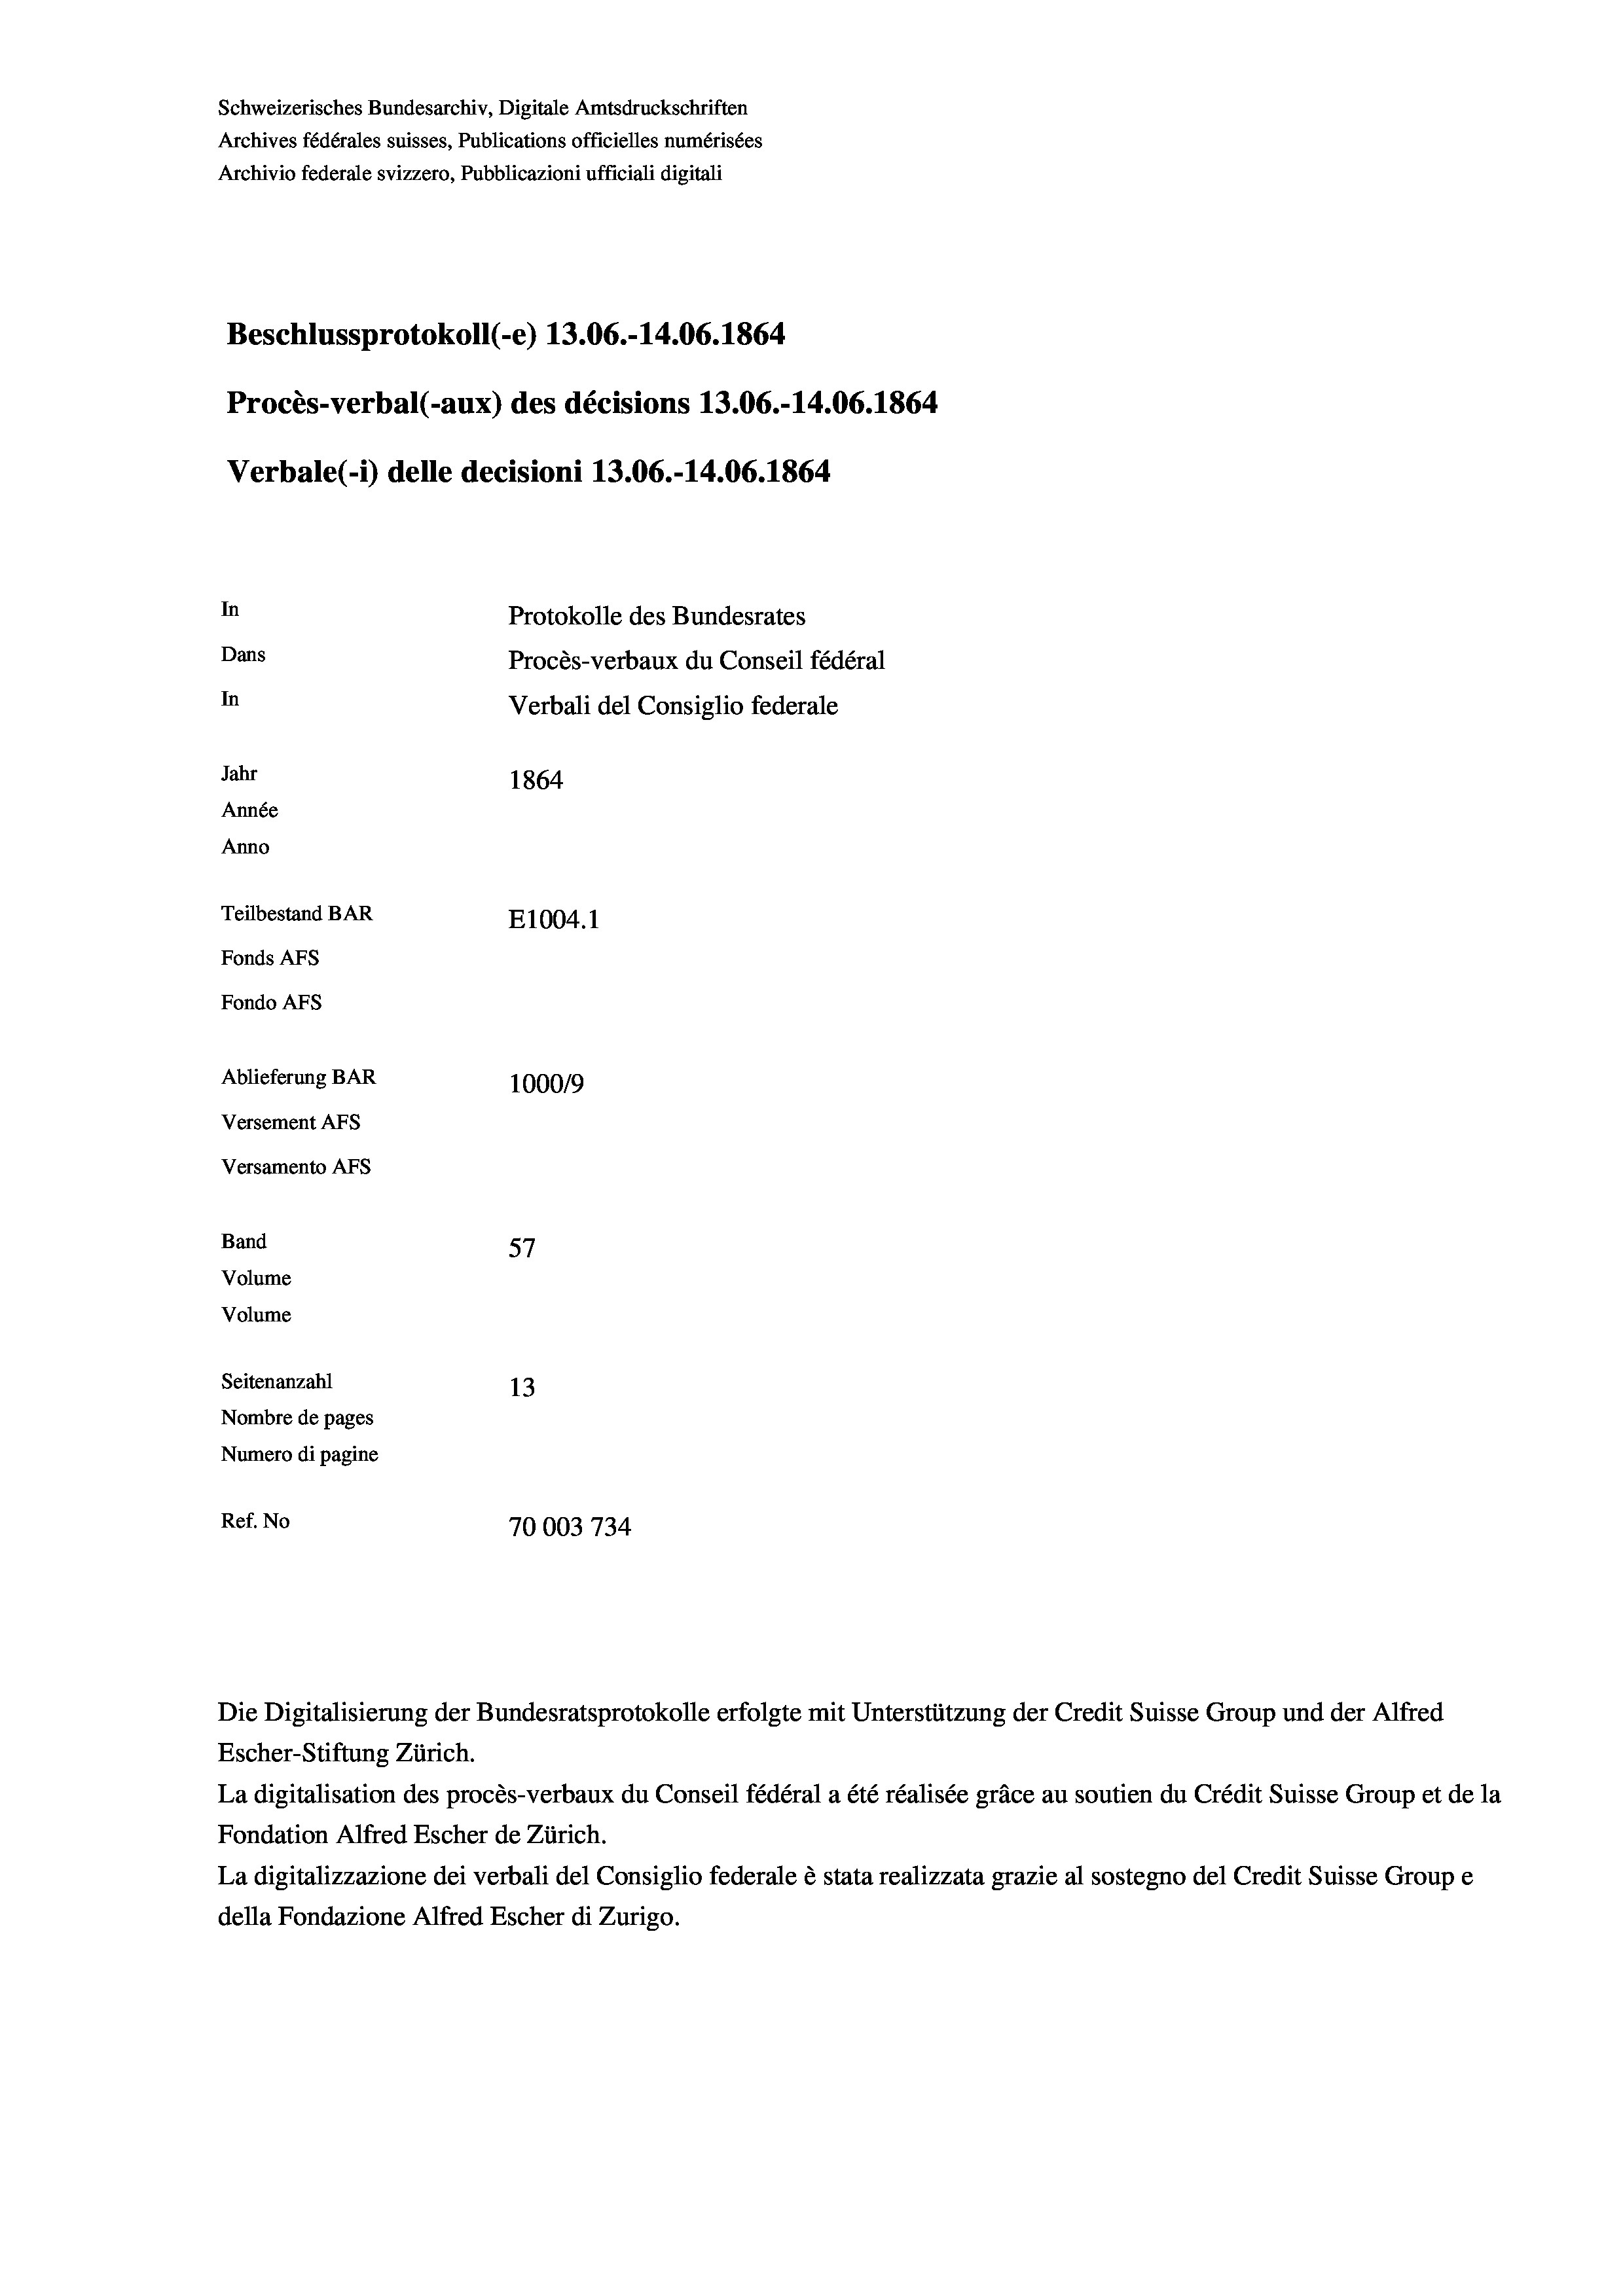
Schweizerisches Bundesarchiv, Digitale Amtsdruckschriften
Archives fédérales suisses, Publications officielles numérisées
Archivio federale svizzero, Pubblicazioni ufficiali digitali
Beschlussprotokoll (-e) 13.06.-14.06. 1864
Procès-verbal (-aux) des décisions 13.06.-14.06. 1864
Verbale (i) delle decisioni 13.06.-14.06. 1864
In
Protokolle des Bundesrates
Dans
Procès-verbaux du Conseil fédéral
In
Verbali del Consiglio federale
Jahr
1864
Année
Anno
Teilbestand BAR
E1004.1
Fonds AFs
Fondo AFS
Ablieferung BAR
100019
Versement AFs
Versamento AFs
Band
57
Volume
Volume
Seitenanzahl
13
Nombre de pages
Numero di pagine
Ref. No
70003 734

La digitalisation des procès-verbaux du Conseil fédéral a été réalisée gräce au soutien du Crédit Suisse Group et de la
Fondation Alfred Escher de Zürich.
La digitalizzazione dei verbali del Consiglio federale è stata realizzata grazie al sostegno del Credit Suisse Groupe
della Fondazione Alfred Escher di Zurigo.

Die Digitalisierung der Bundesratsprotokolle erfolgte mit Unterstützung der Credit Suisse Group und der Alfred
Escher-Stiftung Zürich.